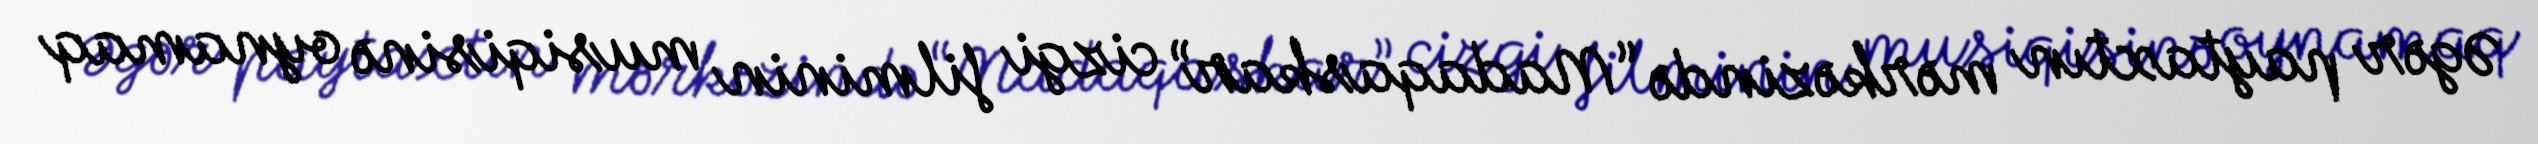
Əgər paytaxtın mərkəzində “Madaqaskar” cizgi filminin musiqisinə oynamaq